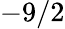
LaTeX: -9/2